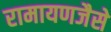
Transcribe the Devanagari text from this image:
रामायणजैसे